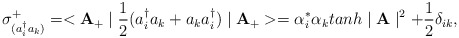
\begin{align*}\sigma_{(a_{i}^{\dag}a_{k})}^{+}=<{\bf A}_{+} \mid\frac{1}{2}(a_{i}^{\dag}a_{k}+a_{k}a_{i}^{\dag})\mid {\bf A_{+}}>=\alpha_{i}^{*}\alpha_{k}tanh\mid {\bf A} \mid^{2}+\frac{1}{2} \delta_{ik},\\\end{align*}